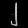
Digit: ၂